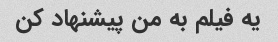
یه فیلم به من پیشنهاد کن